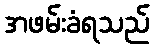
အဖမ်းခံရသည်